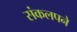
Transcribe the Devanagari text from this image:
संकलपने